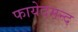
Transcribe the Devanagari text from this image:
फायेदमन्द